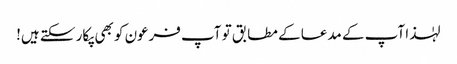
لہٰذا آپ کے مدعا کے مطابق تو آپ فرعون کو بھی پکار سکتے ہیں!